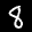
Label: 8